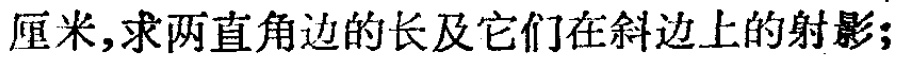
厘米,求两直角边的长及它们在斜边上的射影;